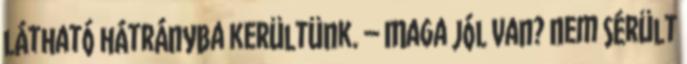
látható hátrányba kerültünk. – Maga jól van? Nem sérült